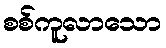
စစ်ကူလာသော